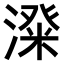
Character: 𣻬